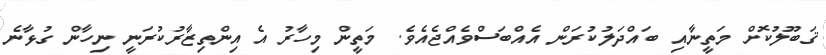
ޤަބޫލުކޮށް މަތީނާއި ބައްދަލުކުރަން އެއްބަސްވެއްޖެއެވެ. މަތީން މިހާރު އެ އިންތިޒާރުކުރަނީ ނިހާން ގުޅާނެ